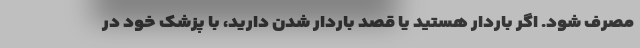
مصرف شود. اگر باردار هستید یا قصد باردار شدن دارید، با پزشک خود در